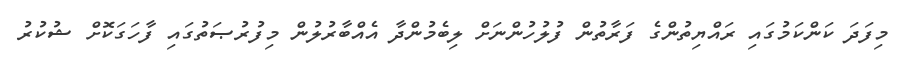
މިފަދަ ކަންކަމުގައި ރައްޔިތުންގެ ފަރާތުން ފުލުހުންނަށް ލިބެމުންދާ އެއްބާރުލުން މިފުރުޞަތުގައި ފާހަގަކޮށް ޝުކުރު